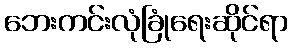
ဘေးကင်းလုံခြုံရေးဆိုင်ရာ